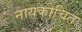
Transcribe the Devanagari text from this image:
नायकोचित